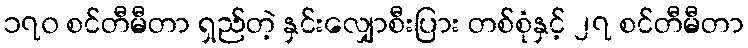
၁၇၀ စင်တီမီတာ ရှည်တဲ့ နှင်းလျှောစီးပြား တစ်စုံနှင့် ၂၇ စင်တီမီတာ